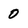
Character: 0